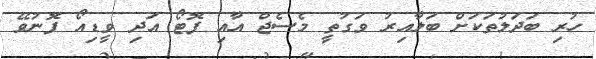
ހުރި ބަދަލުތަކަށް ބަލާއިރު ވަގުތީ މެސެޖް އާއި ފޮޓޯ އަދި ވީޑިއޯ ފޮނުވޭ